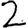
Digit: 2